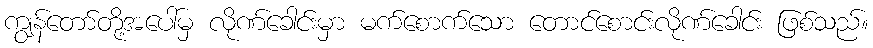
ကျွန်တော်တို့အပေါ်မှ လိုဏ်ခေါင်းမှာ မက်စောက်သော တောင်စောင်းလိုဏ်ခေါင်း ဖြစ်သည်။